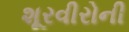
શૂરવીરોની